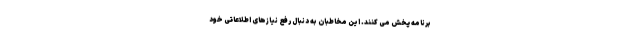
برنامه پخش می کنند. این مخاطبان به دنبال رفع نیازهای اطلاعاتی خود